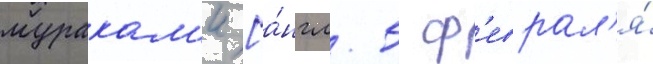
муракам'и [а́нгл. 5 ф'еврал'я́